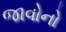
જાવોનો